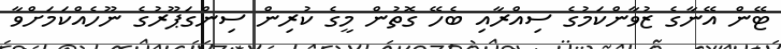
ޓޭން އޭނާގެ ޒުވާންކަމުގެ ސިއްރާއި ބެހޭ ގޮތުން މީގެ ކުރިން ސިންގަޕޫރުގެ ނޫހެއްކަމަށްވާ